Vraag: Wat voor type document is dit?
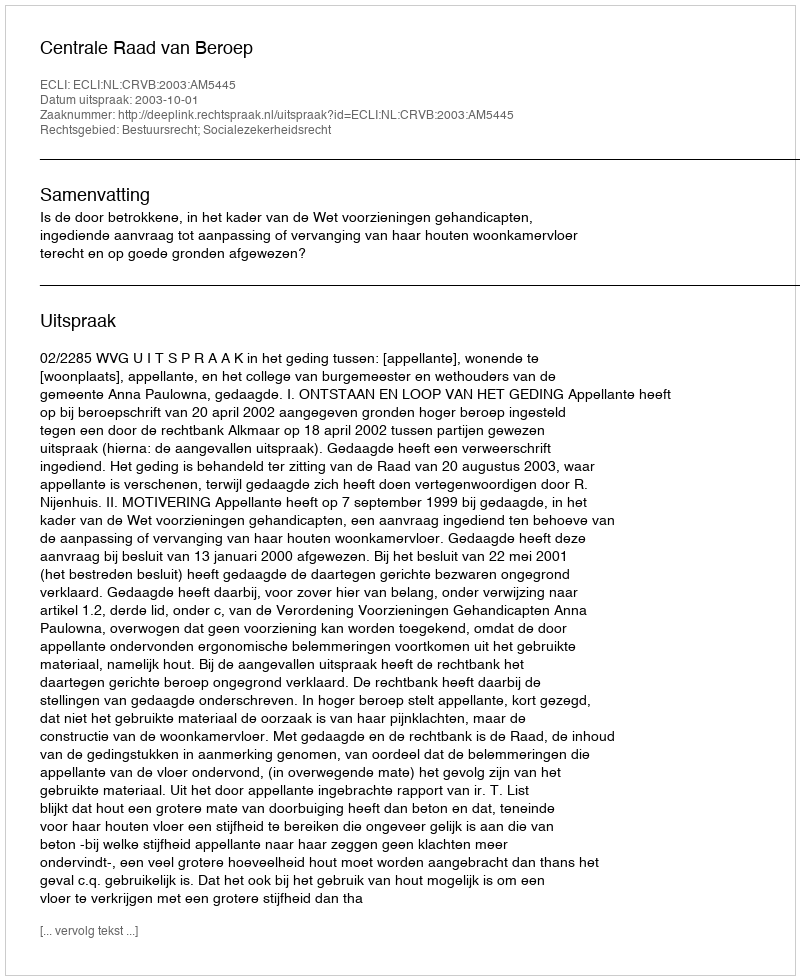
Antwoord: Uitspraak